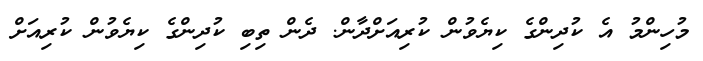
މުހިންމު އެ ކުދިންގެ ކިޔެވުން ކުރިއަށްދާން. ދެން ތިބި ކުދިންގެ ކިޔެވުން ކުރިއަށް